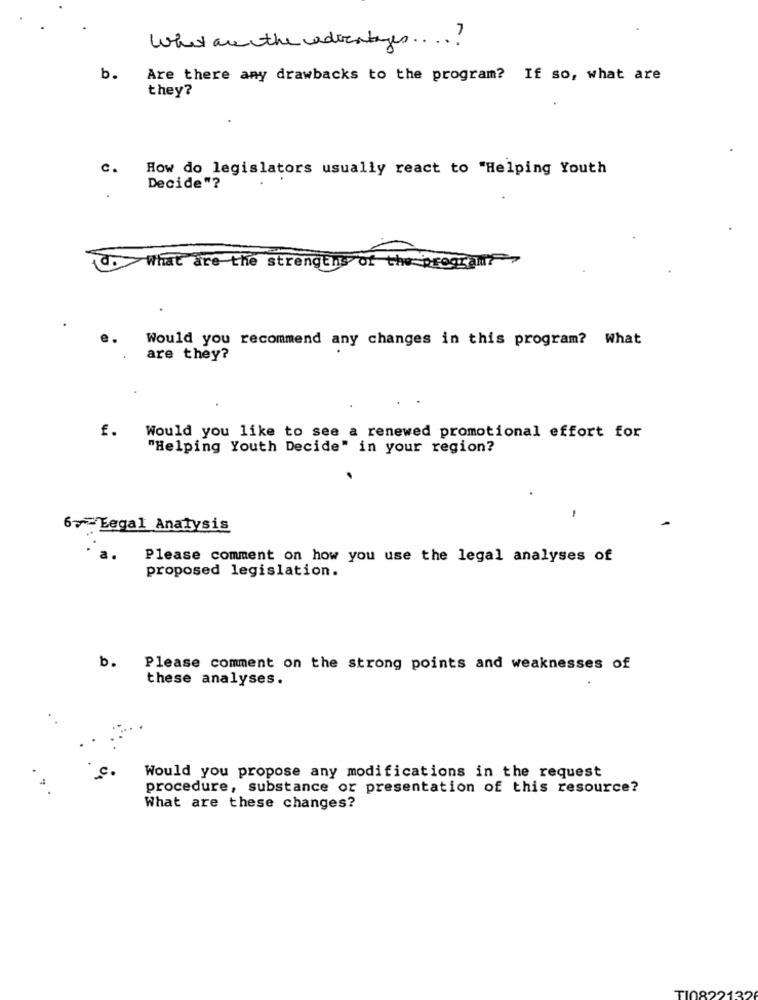
What arethe advantages ....?
b.
Are there any drawbacks to the program? If so, what are
they?
c.
How do legislators usually react to "Helping Youth
Decide"?
What are the strengths of the presse
Would you recommend any changes in this program? What
are they?
£.
Would you like to see a renewed promotional effort for
"Helping Youth Decide" in your region?
-
67Legal Analysis
Please comment on how you use the legal analyses of
proposed legislation.
b.
Please comment on the strong points and weaknesses of
these analyses.
Would you propose any modifications in the request
procedure, substance or presentation of this resource?
What are these changes?
TI0822132